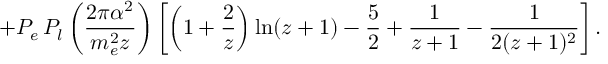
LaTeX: + P _ { e } \, P _ { l } \left( \frac { 2 \pi \alpha ^ { 2 } } { m _ { e } ^ { 2 } z } \right) \left[ \left( 1 + \frac { 2 } { z } \right) \ln ( z + 1 ) - \frac { 5 } { 2 } + \frac { 1 } { z + 1 } - \frac { 1 } { 2 ( z + 1 ) ^ { 2 } } \right] .